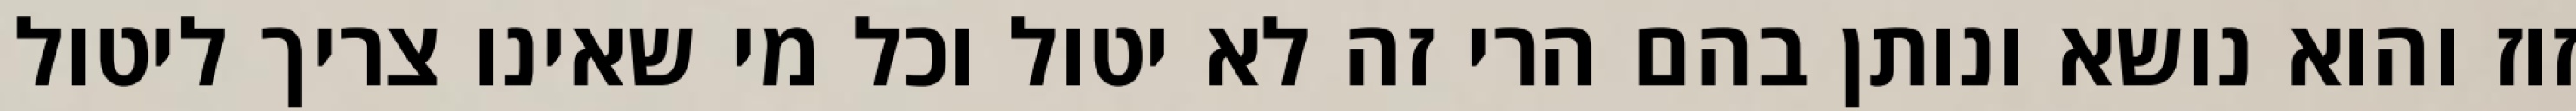
זוז והוא נושא ונותן בהם הרי זה לא יטול וכל מי שאינו צריך ליטול